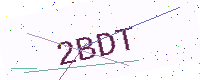
Text: 2BDT